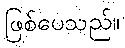
ဖြစ်ပေသည်။